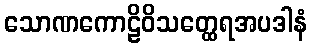
သောဏကောဠိဝိသတ္ထေရအပဒါနံ